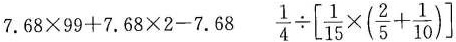
$$7.6×9+7.63×2=7.681$$ $$\frac{1}{4} \div \left[ \frac{1}{15} \times ( \frac{2}{5}+ \frac{1}{10}) \right]$$